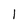
Character: l